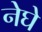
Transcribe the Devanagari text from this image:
नेघे